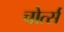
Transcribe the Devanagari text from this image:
चोर्त्स